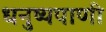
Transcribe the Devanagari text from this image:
धनुष्यपाणी